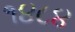
૧૪૮૪